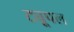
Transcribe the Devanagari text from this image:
ट्यूपल